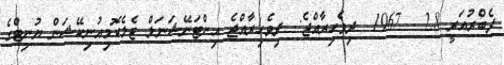
ފެބްރުއަރީ 28 - 1967  ދިވެހިރާއްޖެ:- ދިވެހިރާއްޖެ އިންޓަނޭޝަނަލް ޓެލެކޮމިއުނިކޭޝަން ޔުނިޓްގެ